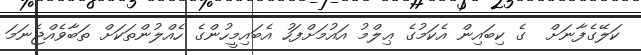
ކަލޭގެފާނަށް  ގެ ކިބައިން އެކަމުގެ ޢިލްމު އައުމަށްފަހު އެބައިމީހުންގެ ހެއްލުންތަކަށް ތަބާވެއްޖެނަމަ